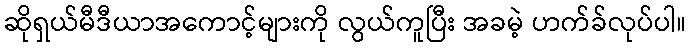
ဆိုရှယ်မီဒီယာအကောင့်များကို လွယ်ကူပြီး အခမဲ့ ဟက်ခ်လုပ်ပါ။